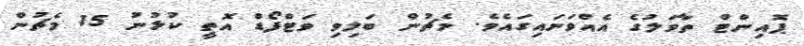
ޕޮއިންޓް ތާވަލުގެ އެއްވަނައިގައެވެ. މެޗުން ބަލިވި ވަޓްފޯޑް އޮތީ ކުޅުނު 15 މެޗުން